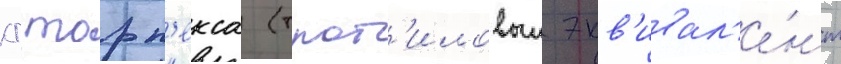
кг торп'екса (трот'иловыи экв'ивал'е́нт